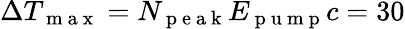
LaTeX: \Delta T_{\mathrm{~m~a~x~}}=N_{\mathrm{~p~e~a~k~}}E_{\mathrm{~p~u~m~p~}}c=30